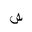
Letter: _shin